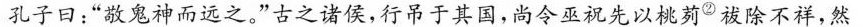
孔子曰：”敬鬼神而远之。”古之诸侯，行吊于其国，尚令巫祝先以桃茢^{②}被除不祥，然